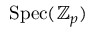
{ \mathrm { S p e c } } ( \mathbb { Z } _ { p } )